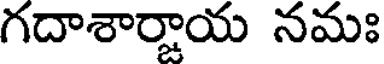
గదాశార్జాయ నమః